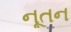
નૂતન